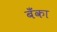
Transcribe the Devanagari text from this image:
बॅँका